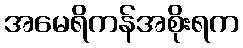
အမေရိကန်အစိုးရက